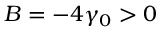
B = - 4 \gamma _ { 0 } > 0